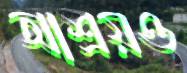
আশ্রয়ও